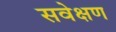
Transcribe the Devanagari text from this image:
सवेक्षण